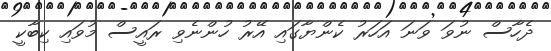
ދެހާސް ނުވަ ވަނަ އަހަރު ކެންޔާގައި އޭރު ހުންނެވި ރައީސް މުވައި ކިބާކީ